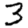
Digit: 3